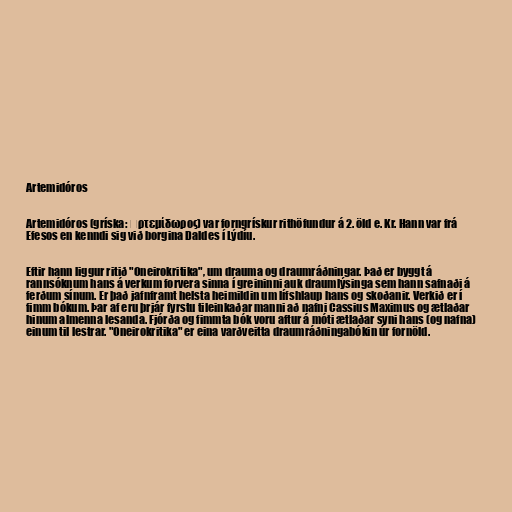
Artemidóros

Artemidóros (gríska: Ἀρτεμίδωρος) var forngrískur rithöfundur á 2. öld e. Kr. Hann var frá
Efesos en kenndi sig við borgina Daldes í Lýdíu.

Eftir hann liggur ritið "Oneirokritika", um drauma og draumráðningar. Það er byggt á
rannsóknum hans á verkum forvera sinna í greininni auk draumlýsinga sem hann safnaði á
ferðum sínum. Er það jafnframt helsta heimildin um lífshlaup hans og skoðanir. Verkið er í
fimm bókum. Þar af eru þrjár fyrstu tileinkaðar manni að nafni Cassius Maximus og ætlaðar
hinum almenna lesanda. Fjórða og fimmta bók voru aftur á móti ætlaðar syni hans (og nafna)
einum til lestrar. "Oneirokritika" er eina varðveitta draumráðningabókin úr fornöld.